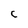
Character: C